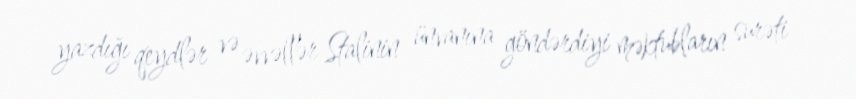
yazdığı qeydlər və əvvəllər Stalinin ünvanına göndərdiyi məktubların surəti